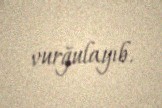
vurğulayıb.